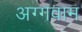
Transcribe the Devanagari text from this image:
अग्गवाम